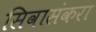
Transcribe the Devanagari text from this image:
सिवासंकरा